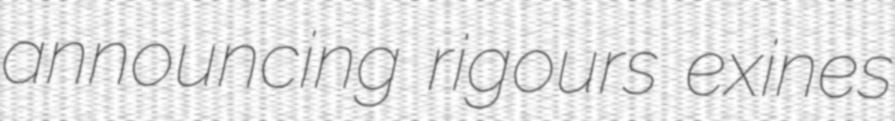
announcing rigours exines